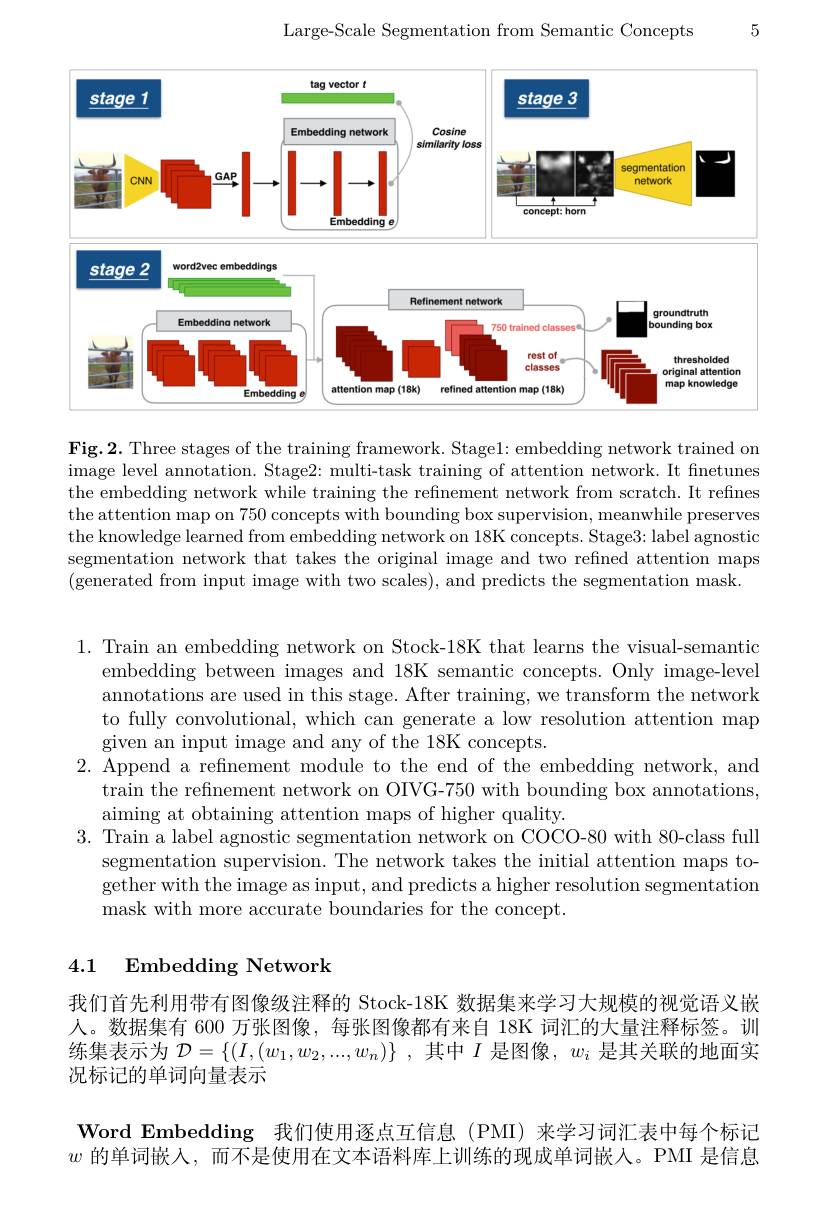
Large-Scale Segmentation from Semantic Concepts

5

<FigureHere>

$\mathbf{Fig.2.~Three~stages~of~the~training~framework.~Stage1:~embedding~network~trained~on}$ image level annotation. Stage2: multi-task training of attention network. It finetunes the embedding network while training the refinement network from scratch. It refines the attention map on 750 concepts with bounding box supervision, meanwhile preserves the knowledge learned from embedding network on 18K concepts. Stage3: label agnostio segmentation network that takes the original image and two refined attention maps (generated from input image with two scales), and predicts the segmentation mask.

1. Train an embedding network on Stock-18K that learns the visual-semantic
embedding between images and 18K semantic concepts. Only image-level annotations are used in this stage. After training, we transform the network to fully convolutional, which can generate a low resolution attention map given an input image and any of the 18K concepts.
2. Append a refinement module to the end of the embedding network, and
train the refinement network on OIVG-750 with bounding box annotations,
aiming at obtaining attention maps of higher quality.
3. Train a label agnostic segmentation network on COCO-80 with 80-class full
segmentation supervision. The network takes the initial attention maps together with the image as input, and predicts a higher resolution segmentation mask with more accurate boundaries for the concept

### 4.1 Embedding Network

我们首先利用带有图像级注释的 Stock-18K 数据集来学习大规模的视觉语义嵌人。数据集有 600 万张图像，每张图像都有来自 18K 词汇的大量注释标签。训练集表示为$\mathcal{D}=\{(I,(w_1,w_2,...,w_n)\}~,~$其中$I$是图像，$w_i$是其关联的地面实况标记的单词向量表示

Word Embedding 我们使用逐点互信息 (PMI) 来学习词汇表中每个标记$w$的单词嵌人，而不是使用在文本语料库上训练的现成单词嵌人。PMI 是信息